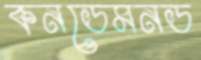
কনডেমনড